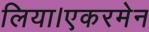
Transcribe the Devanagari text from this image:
लिया।एकरमेन